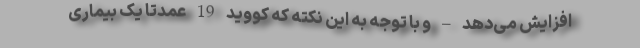
افزایش می‌دهد – و با توجه به این نکته که کووید 19 عمدتا یک بیماری